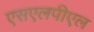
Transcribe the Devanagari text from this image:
एसएलपीएल